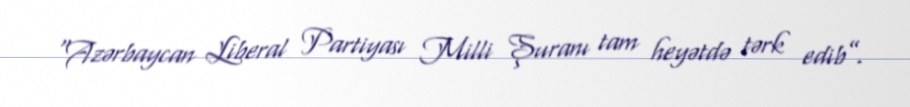
“Azərbaycan Liberal Partiyası Milli Şuranı tam heyətdə tərk edib”.